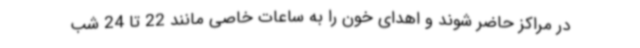
در مراکز حاضر شوند و اهدای خون را به ساعات خاصی مانند 22 تا 24 شب